Calcutta medical institutions reports 1871-78
Year: 1871
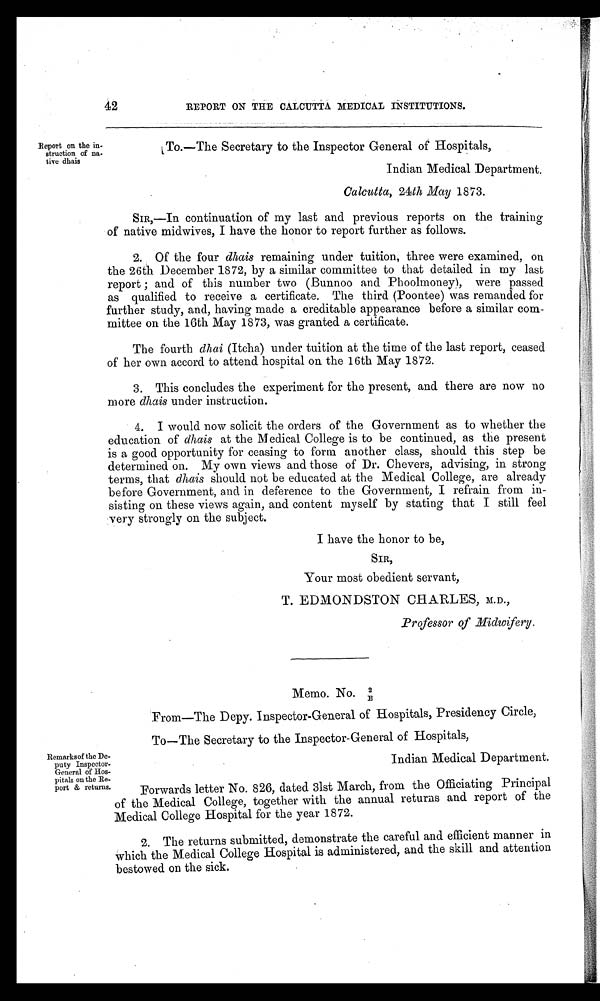
42
REPORT ON THE CALCUTTA MEDICAL INSTITUTIONS.
Report on the in-
struction of na-
tive dhais
To.—The Secretary to the Inspector General of Hospitals,
Indian Medical Department.
Calcutta, 24 th May 1873.
SIR,—In continuation of my last and previous reports on the training
of native midwives, I have the honor to report further as follows.
2. Of the four dhais remaining under tuition, three were examined, on
the 26th December 1872, by a similar committee to that detailed in my last
report ; and of this number two (Bunnoo and Phoolmoney), were passed
as qualified to receive a certificate. The third (Poontee) was remanded for
further study, and, having made a creditable appearance before a similar com-
mittee on the 16th May 1873, was granted a certificate.
The fourth dhai (Itcha) under tuition at the time of the last report, ceased
of her own accord to attend hospital on the 16th May 1872.
3. This concludes the experiment for the present, and there are now no
more dhais under instruction.
4. I would now solicit the orders of the Government as to whether the
education of dhais at the Medical College is to be continued, as the present
is a good opportunity for ceasing to form another class, should this step be
determined on. My own views and those of Dr. Chevers, advising, in strong
terms, that dhais should not be educated at the Medical College, are already
before Government, and in deference to the Government, I refrain from in-
sisting on these views again, and content myself by stating that I still feel
very strongly on the subject.
I have the honor to be,
SIR,
Your most obedient servant,
T. EDMONDSTON CHARLES, M.D.,
Professor of Midwifery.
Remarks of the De-
puty Inspector-
General of Hos-
pitals on the Re-
port & returns.
Memo. No. 2/E
From—The Depy. Inspector-General of Hospitals, Presidency Circle,
To—The Secretary to the Inspector-General of Hospitals,
Indian Medical Department.
Forwards letter No. 826, dated 31st March, from the Officiating Principal
of the Medical College, together with the annual returns and report of the
Medical College Hospital for the year 1872.
2. The returns submitted, demonstrate the careful and efficient manner in
which the Medical College Hospital is administered, and the skill and attention
bestowed on the sick.